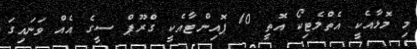
މި މޮޅާއެކީ އެތްލެޓިކޯ އޮތީ 10 ޕޮއިންޓާއެކީ ގްރޫޕް ސީގެ އެއް ވަނައިގަ